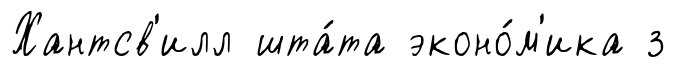
Хантсв'илл шта́та эконо́м'ика з